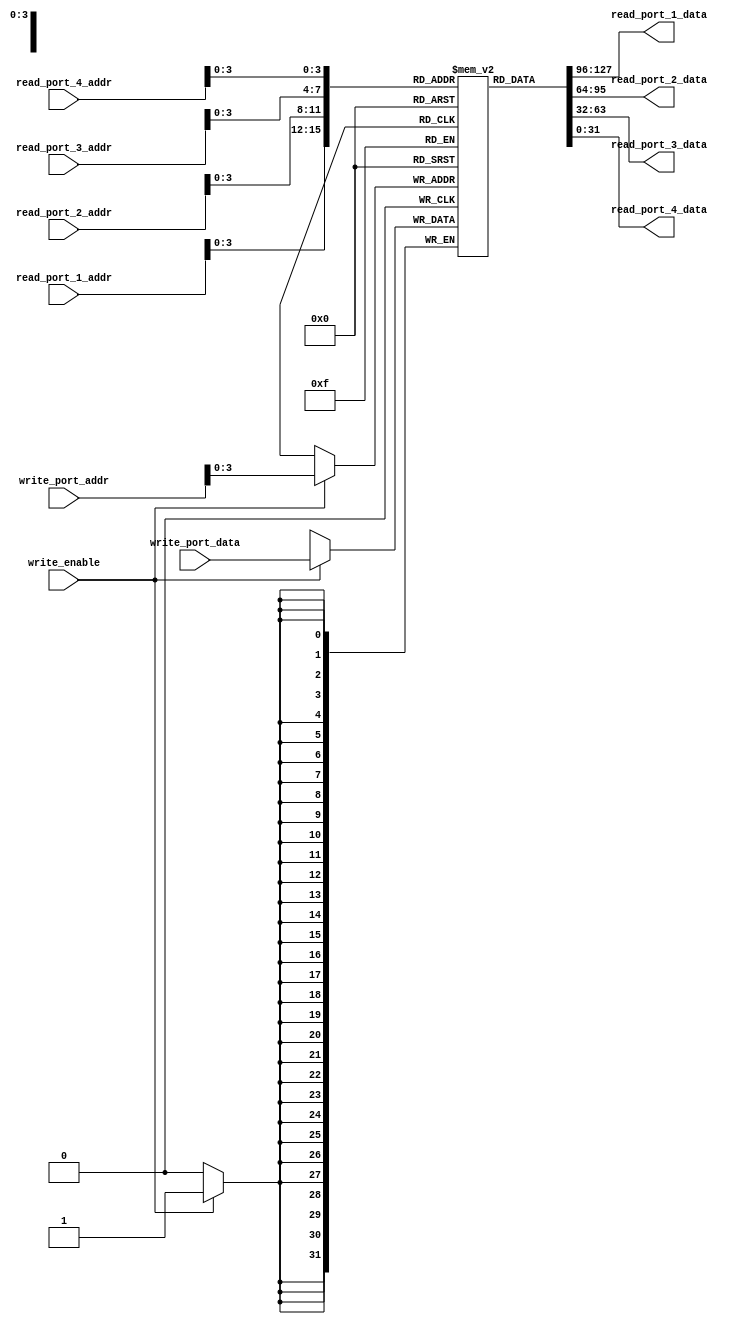
module register_file (
    input [31:0] read_port_1_addr,
    input [31:0] read_port_2_addr,
    input [31:0] read_port_3_addr,
    input [31:0] read_port_4_addr,
    input [31:0] write_port_addr,
    input [31:0] write_port_data,
    input write_enable,
    
    output reg [31:0] read_port_1_data,
    output reg [31:0] read_port_2_data,
    output reg [31:0] read_port_3_data,
    output reg [31:0] read_port_4_data
);

reg [31:0] registers [0:15];

always @*
begin
    read_port_1_data = registers[read_port_1_addr];
    read_port_2_data = registers[read_port_2_addr];
    read_port_3_data = registers[read_port_3_addr];
    read_port_4_data = registers[read_port_4_addr];
end

always @(posedge clk)
begin
    if(write_enable)
        registers[write_port_addr] <= write_port_data;
end

endmodule